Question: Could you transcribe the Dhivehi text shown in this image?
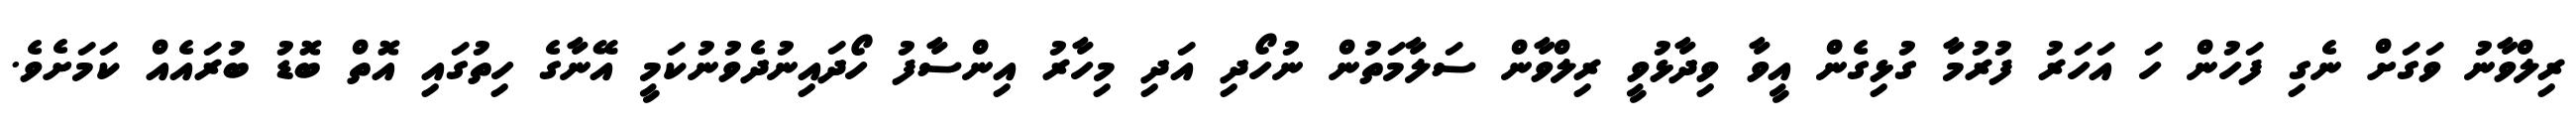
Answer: ރިލްވާނު ވަގަށް ނެގި ފަހުން ހަ އަހަރު ފުރުމާ ގުޅިގެން އީވާ ވިދާޅުވީ ރިލްވާން ސަލާމަތުން ނުހޯދި އަދި މިހާރު އިންސާފު ހޯދައިނުދެވުނުކަމީ އޭނާގެ ހިތުގައި އޮތް ބޮޑު ބުރައެއް ކަމަށެވެ.